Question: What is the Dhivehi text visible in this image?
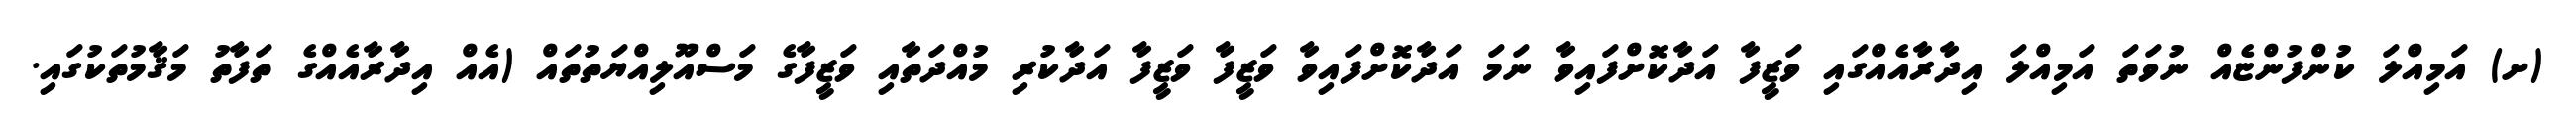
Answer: (ށ) އަމިއްލަ ކުންފުންޏެއް ނުވަތަ އަމިއްލަ އިދާރާއެއްގައި ވަޒީފާ އަދާކޮށްފައިވާ ނަމަ އަދާކޮށްފައިވާ ވަޒީފާ ވަޒީފާ އަދާކުރި މުއްދަތާއި ވަޒީފާގެ މަސްއޫލިއްޔަތުތައް (އެއް އިދާރާއެއްގެ ތަފާތު މަޤާމުތަކުގައި.